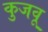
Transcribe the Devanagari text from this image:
कुजवू